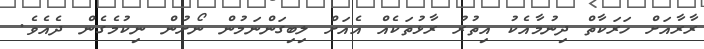
ރާރާއަށް ހަރަކާތް ދިނުމާއެކު އިތުރު ރާޅުތަކެއް އެއަށް ލިބިގަންނަމުން ނޯށުން ނިކުމެގެން ދެއެވެ.